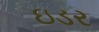
ઇડર